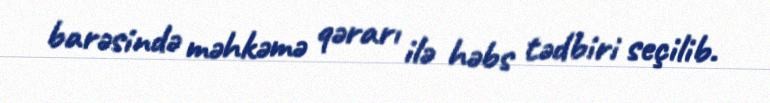
barəsində məhkəmə qərarı ilə həbs tədbiri seçilib.